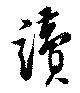
読